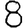
Digit: 8